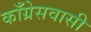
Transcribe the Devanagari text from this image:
काँग्रेसवासी